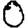
Digit: 0